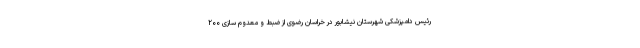
رئیس دامپزشکی شهرستان نیشابور در خراسان رضوی از ضبط و معدوم سازی ۲۰۰